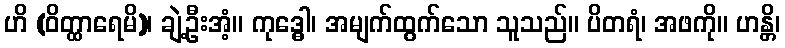
ဟိ (ဝိတ္ထာရေမိ)၊ ချဲ့ဦးအံ့။ ကုဒ္ဓေါ၊ အမျက်ထွက်သော သူသည်။ ပိတရံ၊ အဖကို။ ဟန္တိ၊